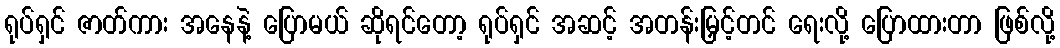
ရုပ်ရှင် ဇာတ်ကား အနေနဲ့ ပြောမယ် ဆိုရင်တော့ ရုပ်ရှင် အဆင့် အတန်းမြှင့်တင် ရေးလို့ ပြောထားတာ ဖြစ်လို့